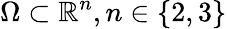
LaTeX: \Omega\subset\mathbb{R}^{n},n\in\{ 2,3\}